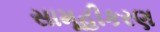
સામૂહીકરણ